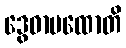
ဒွေဓာပထောတိ